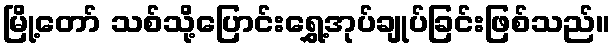
မြို့တော် သစ်သို့ပြောင်းရွှေ့အုပ်ချုပ်ခြင်းဖြစ်သည်။